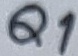
Text: Q1